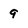
Character: 9